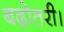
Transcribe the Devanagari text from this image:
बढ़ोतरी।